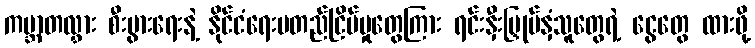
ကမ္ဘာတလွှား စီးပွားရေးနဲ့ နိုင်ငံရေးမတည်ငြိမ်မှုတွေကြား ရင်းနှီးမြှုပ်နှံသူတွေရဲ့ ငွေတွေ ထားဖို့